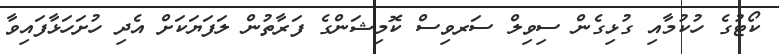
ކޯޓުގެ ހުކުމާއި ގުޅިގެން ސިވިލް ސަރވިސް ކޮމިޝަންގެ ފަރާތުން ލަފަޔަކަށް އެދި ހުށަހަޅާފައިވާ